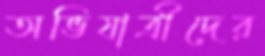
অভিযাত্রীদের